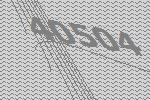
40504